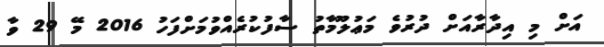
އަށް މި އިދާރާއަށް ދުރުވެ މަޢުލޫމާތު ސާފުކުރެއްވުމަށްފަހު 2016 މޭ 29 ވާ